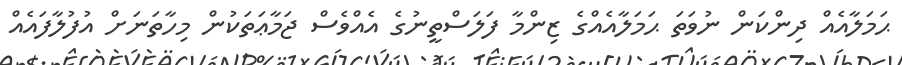
ޙަމަލާއެއް ދިންކަން ނުވަތަ ޙަމަލާއެއްގެ ޒިންމާ ފަލަސްތީނުގެ އެއްވެސް ޖަމާޢަތަކުން މިހާތަނަށް އުފުލާފައެއް